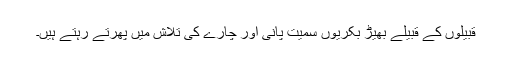
قبیلوں کے قبیلے بھیڑ بکریوں سمیت پانی اور چارے کی تلاش میں پھرتے رہتے ہیں۔